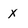
Character: x